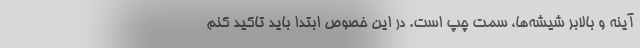
آینه و بالابر شیشه‌ها، سمت چپ است. در این خصوص ابتدا بايد تاكيد كنم